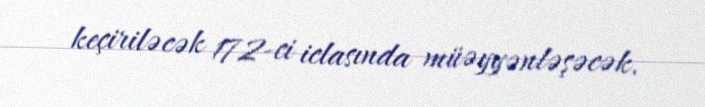
keçiriləcək 172-ci iclasında müəyyənləşəcək.